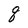
Character: q